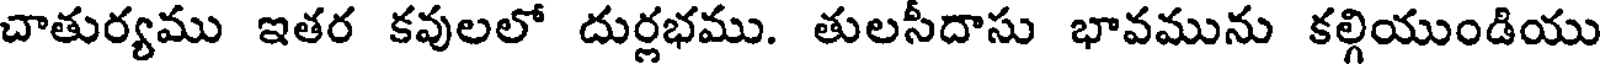
చాతుర్యము ఇతర కవులలో దుర్లభము. తులసీదాసు భావమును కల్గియుండియు